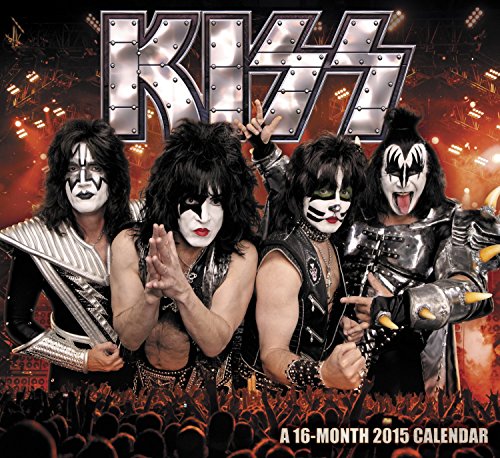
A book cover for Kiss Wall Calendar (2015); Day Dream; Calendars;